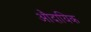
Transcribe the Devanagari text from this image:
औदायिक